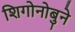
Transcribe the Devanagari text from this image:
शिगोनोबुने